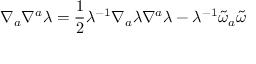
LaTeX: \nabla _ { a } \nabla ^ { a } \lambda = \frac { 1 } { 2 } \lambda ^ { - 1 } \nabla _ { a } \lambda \nabla ^ { a } \lambda - \lambda ^ { - 1 } \widetilde { \omega } _ { a } \widetilde { \omega }